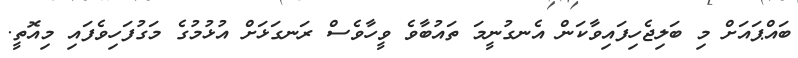
ބައްޕައަށް މި ބަލިޖެހިފައިވާކަން އެނގުނީމަ ތައުބާވެ ވީހާވެސް ރަނގަޅަށް އުޅުމުގެ މަގުފަހިވެފައި މިއޮތީ.